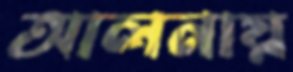
আলনায়